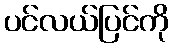
ပင်လယ်ပြင်ကို